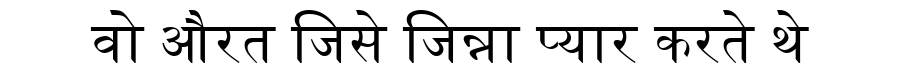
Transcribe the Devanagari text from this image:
वो औरत जिसे जिन्ना प्यार करते थे